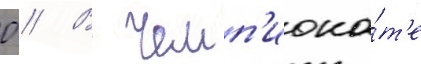
0 // В чемп'иона́т'е